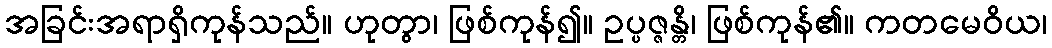
အခြင်းအရာရှိကုန်သည်။ ဟုတွာ၊ ဖြစ်ကုန်၍။ ဥပ္ပဇ္ဇန္တိ၊ ဖြစ်ကုန်၏။ ကတမေဝိယ၊